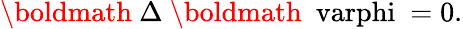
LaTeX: \mathrm{\boldmath~\Delta~}\mathrm{\boldmath~\ varphi~}=0.